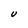
Character: U